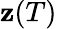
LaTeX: \mathbf{z}(T)